Martna_vallavalitsus, lk 22
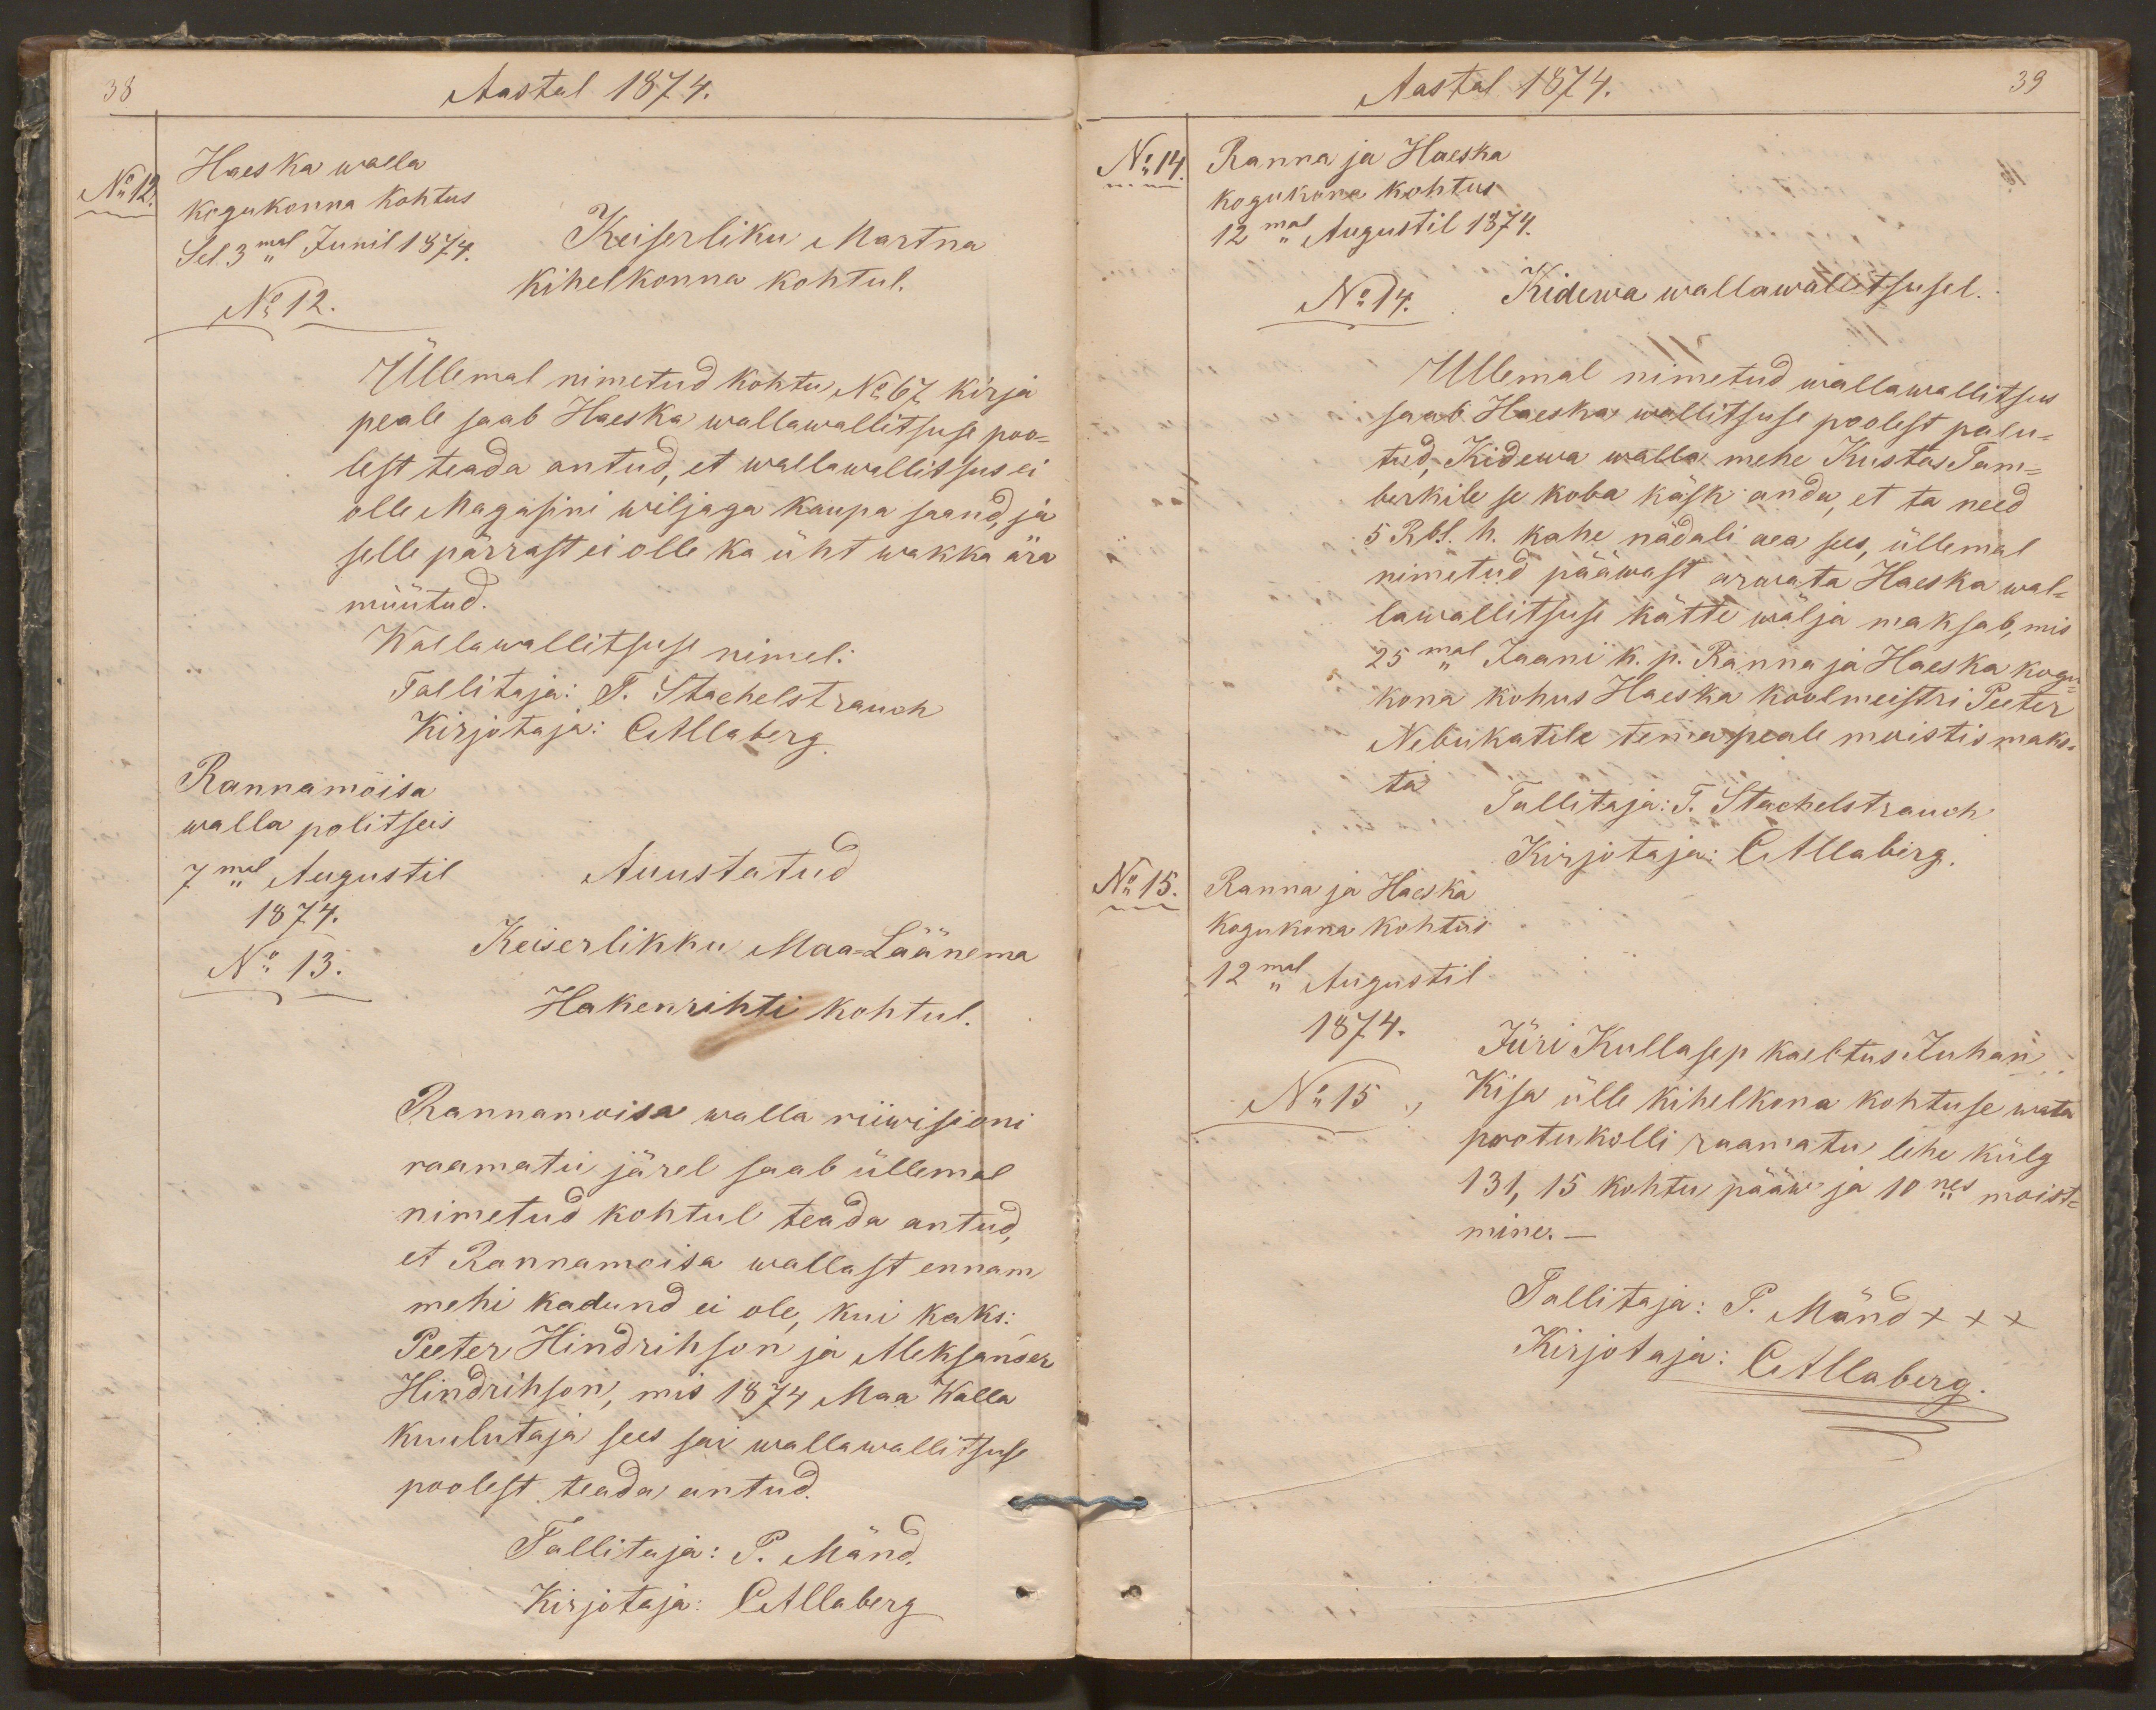
38
Aastal 1874.
No 12.
Haeska walla
kogukonna kohtus
Sel 3mal Junil 1874.
Keiserliku Martna
No 12.
kihelkonna kohtul.
Üllemal nimetud kohtu No 67 kirja
peale saab Haeska wallawallitsuse poo-
lest teada antud, et wallawallitsus ei
olle Magasini wiljaga kaupa saand, ja
selle pärrast ei olle ka üht wakka ära
müütud.
Wallawallitsuse nimel:
Tallitaja: T. Stachelstrauch
Kirjotaja: CAllaberg.
Rannamoisa
walla politseis
7mal Augustil
Auustatud
1874.
No 13.
Keiserlikku Maa-Läänema
Hakenrihti kohtul.
Rannamoisa walla riiwisioni
raamatu järel saab üllemal
nimetud kohtul teada antud,
et Rannamoisa wallast ennam
mehi kadund ei ole, kui kaks:
Peeter Hindrihson ja Aleksander
Hindrihson, mis 1874 Maa Walla
kuulutaja sees sai wallawallitsuse
poolest teada antud.
Tallitaja: P. Mänd.
Kirjotaja: CAllaberg

Aastal 1874.
39
No14.
Ranna ja Haeska
kogukona kohtus
12mal Augustil 1874.
No 14.
Kidewa wallawallitsusel.
Ullemal nimetud wallawallitsus
saab Haeska wallitsuse poolest palu-
tud Kidewa walla mehe Kustas Tam-
berkile se koba käsk anda, et ta need
5 Rbl. h. kahe nädali aea sees, üllemal
nimetud pääwast arwata Haeska wal-
lawallitsuse kätte wälja maksab, mis
25mal Jaani k. p. Ranna ja Haeska kogu
kona kohus Haeska koolmeistri Peeter
Nebukatile tema peale moistis maks-
ta
Tallitaja: T. Stachelstrauch
No 15.
Kirjotaja: CAllaberg.
Ranna ja Haeska
kogukona kohtus
12mal Augustil.
1874.
Jüri Kullasep kaebtus Juhan
No 15
Kisa ülle kihelkona kohtuse wata
protukolli raamatu lehe külg
131, 15 kohtu pääw ja 10nes moist-
mine. -
Tallitaja: P. Mänd xxx
Kirjotaja: CAllaberg.